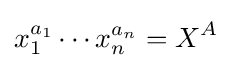
x_{1}^{a_{1}}\cdots x_{n}^{a_{n}}=X^{A}